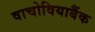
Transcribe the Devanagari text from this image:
वाचोवियाबैंक